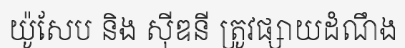
យ៉ូសែប និង ស៊ីឌនី ត្រូវផ្សាយដំណឹង